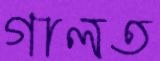
গালত